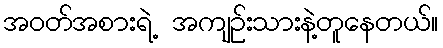
အဝတ်အစားရဲ့ အကျဉ်းသားနဲ့တူနေတယ်။